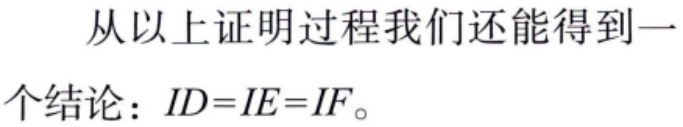
从以上证明过程我们还能得到一个结论：\(ID = IE = IF\)。